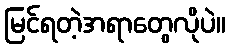
မြင်ရတဲ့အရာတွေလိုပဲ။